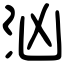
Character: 汹